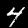
Digit: 4